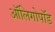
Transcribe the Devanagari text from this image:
ऑलिगोपॉड